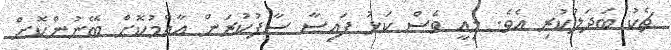
ޗެކު ބަދަލުކުރި އެވެ. މިއީ ވެސް ކަޅު ފައިސާ ސާފުކުރަން އާއްމުކޮށް ބޭނުންކޮށް